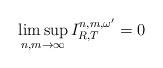
LaTeX: \begin{align*}\limsup_{n,m\to \infty}I^{n,m,\omega^\prime}_{R,T}=0 \end{align*}